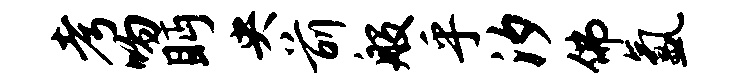
考吻眄央前般乎汐佛氲